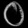
Digit: ၀